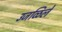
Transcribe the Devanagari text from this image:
उजळिलें